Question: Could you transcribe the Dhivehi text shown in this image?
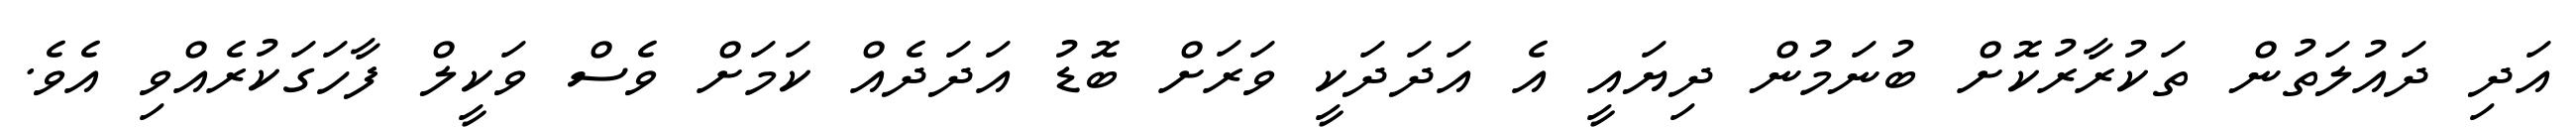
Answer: އަދި ދައުލަތުން ތަކުރާރުކޮށް ބުނަމުން ދިޔައީ އެ އަދަދަކީ ވަރަށް ބޮޑު އަދަދެއް ކަމަށް ވެސް ވަކީލް ފާހަގަކުރެއްވި އެވެ.